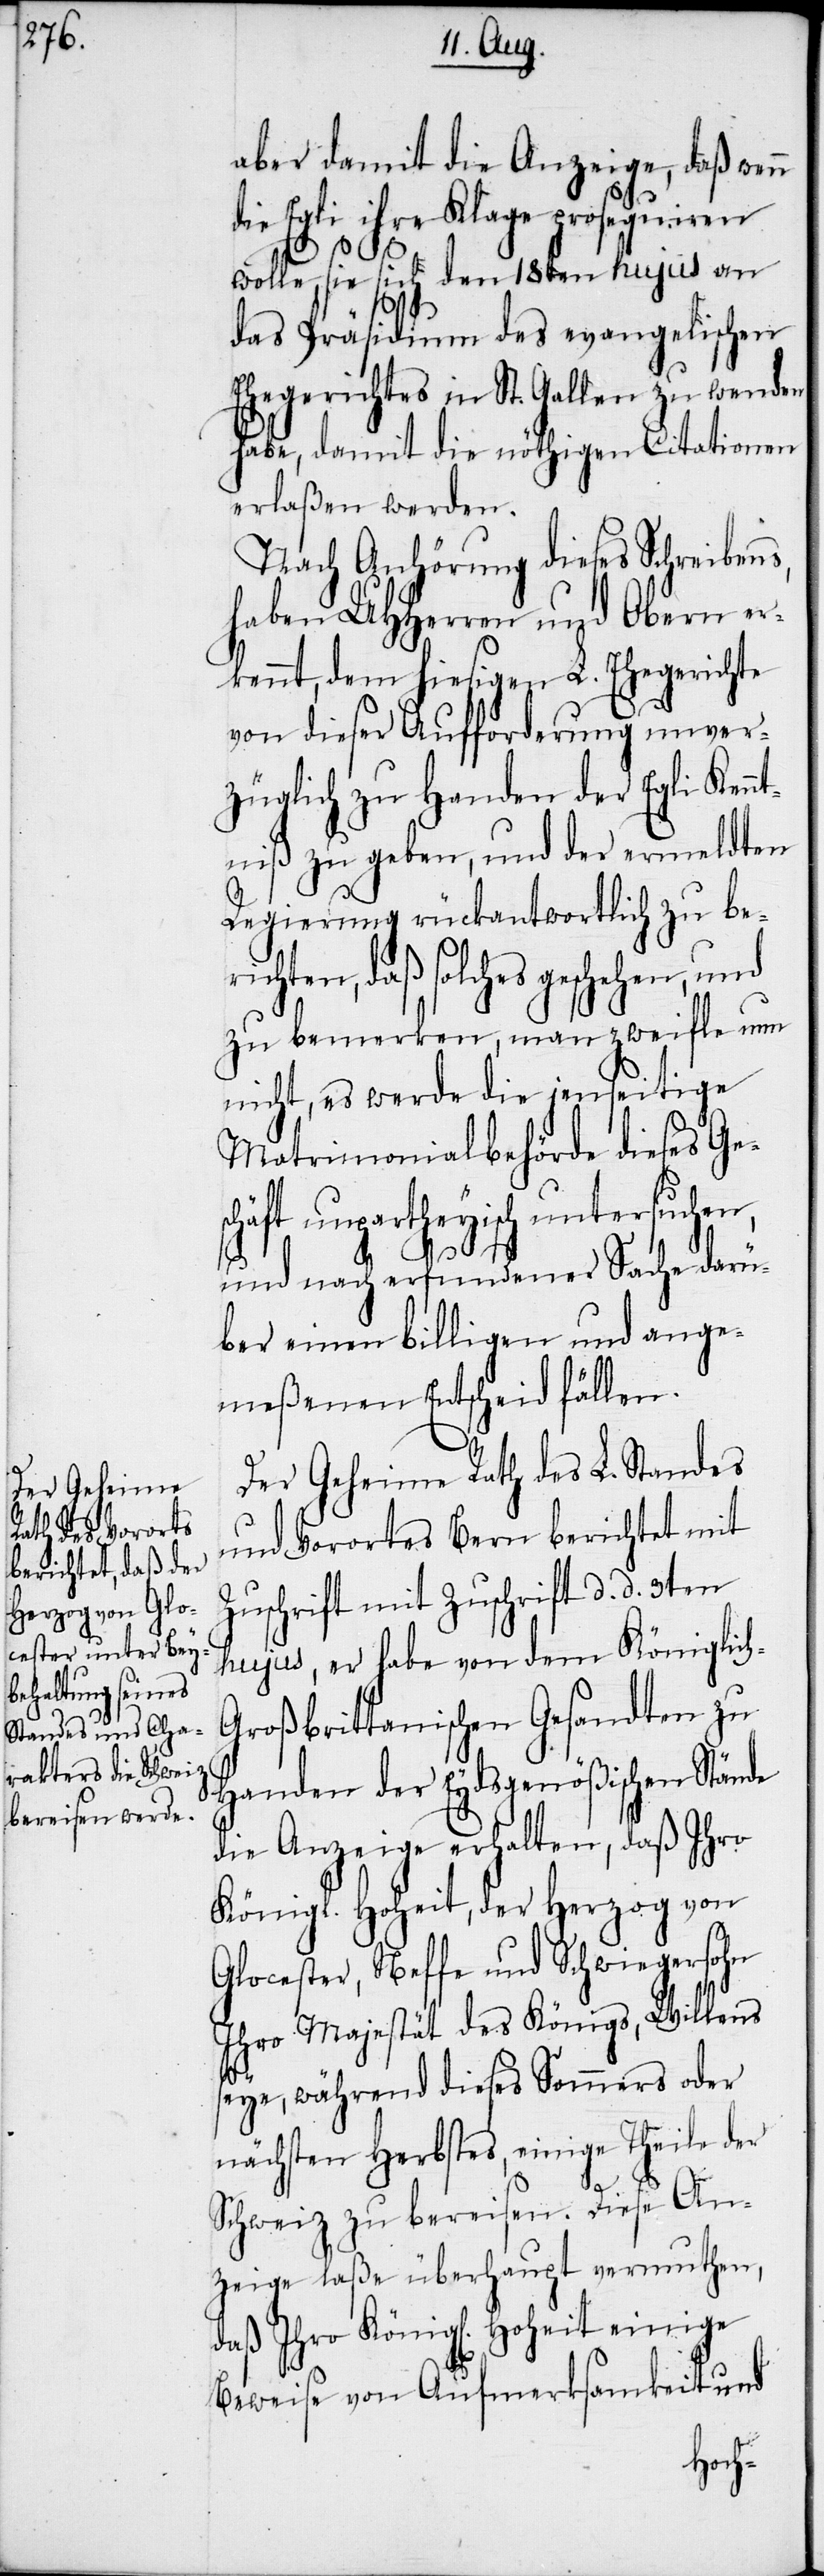
s,

aber damit die Anzeige, daß wenn
die Egli ihre Klage prosequiren
wolle, sie sich den 18ten hujus an
das Präsidium des evangelischen
Ehegerichtes in St. Gallen zu wenden
habe, damit die nöthigen Citationen
erlaßen werden.
Nach Anhörung dieses Schreiben¬
haben UHHerren und Obern er¬
kennt, dem hiesigen L. Ehegerichte
von dieser Aufforderung unver¬
züglich zu Handen der Egli Kenn¬
tniß zu geben, und der ermeldten
Regierung rückantwortlich zu beri¬
chten, daß solches geschehen,
zu bemerken, man zweifle nun
nicht, es werde die jenseitige
Matrimonialbehörde dieses Gesc¬
häft unpartheyisch untersuchen,
und nach erfundener Sache darü¬
ber einen billigen und ange¬
meßenen Entscheid fällen.
Der Geheime Rath des L. Standes
und Vorortes Bern berichtet mit
Zuschrift mit Zuschrift [sic!]
hujus, er habe von dem Königlic¬
roßbrittanischen Gesandten zu
Handen der Eydsgenößischen Stände
die Anzeige erhalten, daß Ihro
Königl. Hoheit, der Herzog von
Glocester, Neffe und Schwiegersohn
Ihro Majestät des Königs, Willens
seye, während dieses Sommers oder
nächsten Herbstes, einige Theile der
Schweiz zu bereisen. Diese An¬
zeige laße überhaupt vermuthen,
Beweise von Aufmerksamkeit und
h-G¬